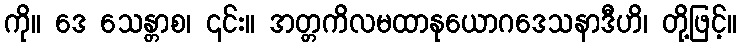
ကို။ ဒေ သေန္တာစ၊ ၎င်း။ အတ္တကိလမထာနုယောဂဒေသနာဒီဟိ၊ တို့ဖြင့်။